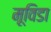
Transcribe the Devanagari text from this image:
मूविडा